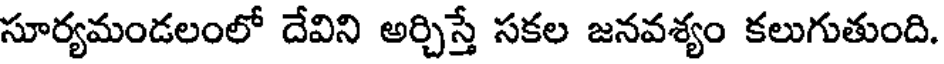
సూర్యమండలంలో దేవిని అర్చిస్తే సకల జనవశ్యం కలుగుతుంది.